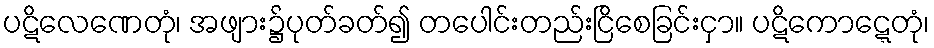
ပဋိလေဏေတုံ၊ အဖျား၌ပုတ်ခတ်၍ တပေါင်းတည်းငြိစေခြင်းငှာ။ ပဋိကောဋ္ဋေတုံ၊